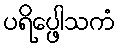
ပရိပ္ဖေါသကံ